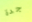
جدة